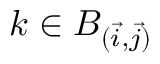
k \in B _ { ( \vec { i } , \vec { j } ) }